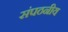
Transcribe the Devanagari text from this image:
संपठनीय